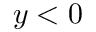
y < 0